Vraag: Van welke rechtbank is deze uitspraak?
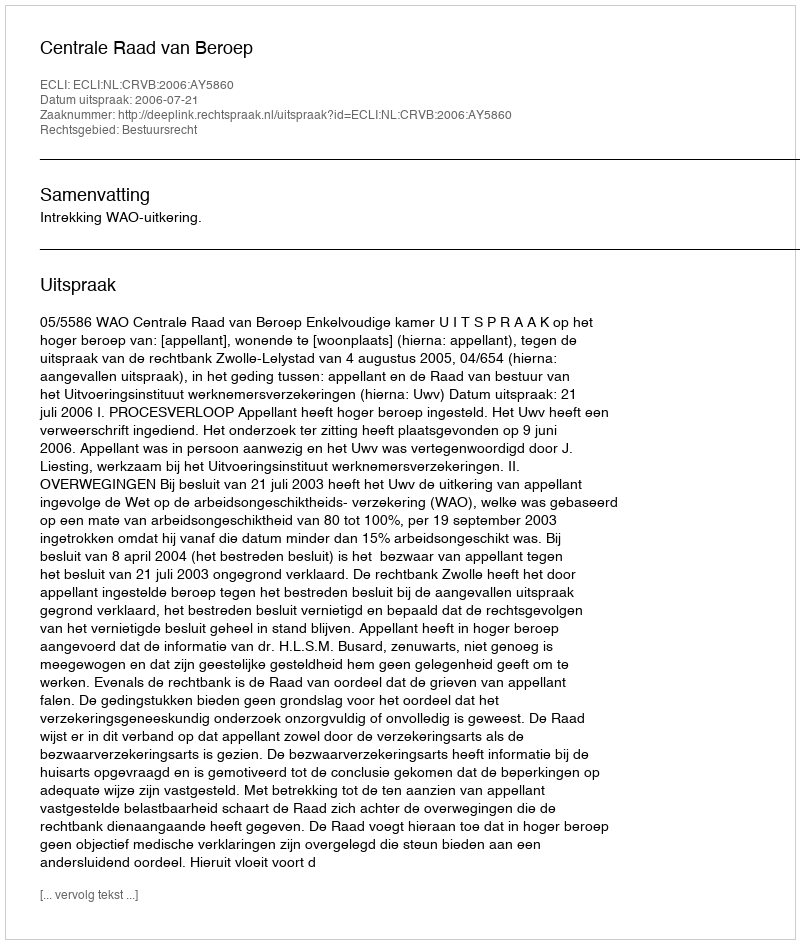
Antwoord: Centrale Raad van Beroep